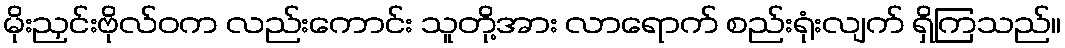
မိုးညှင်းဗိုလ်ဝက လည်းကောင်း သူတို့အား လာရောက် စည်းရုံးလျက် ရှိကြသည်။